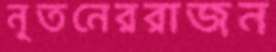
নূতনেররাজন